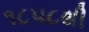
૧૮૫૮થી